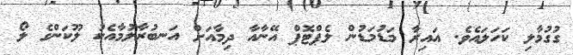
ގުގުމާލި ކަހަލައެވެ. އައިރާ މަޑުމަޑުން ލެޕްޓޮޕް އޭނާއާ ދިމާއަށް އަނބުރާލުމާއެކު ލޫކަންގެ ލޯ